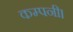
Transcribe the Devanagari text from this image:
कम्पनी।